Civil Veterinary Department. United Provinces 1923-31 - 1923-1931
Year: 1923
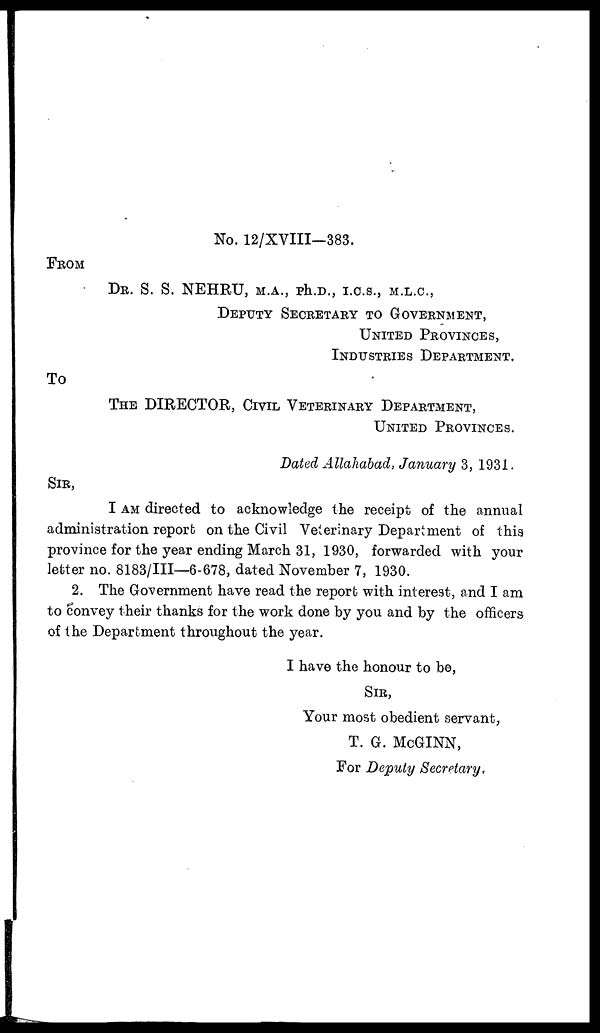
No. 12/XVIII—383.
FROM
DR. S. S. NEHRU, M.A., ph.D., I.C.S., M.L.C.,
DEPUTY SECRETARY TO GOVERNMENT,
UNITED PROVINCES,
INDUSTRIES DEPARTMENT.
To
THE DIRECTOR, CIVIL VETERINARY DEPARTMENT,
UNITED PROVINCES.
Dated Allahabad, January 3, 1931.
SIR,
I AM directed to acknowledge the receipt of the annual
administration report on the Civil Veterinary Department of this
province for the year ending March 31, 1930, forwarded with your
letter no. 8183/III—6-678, dated November 7, 1930.
2. The Government have read the report with interest, and I am
to convey their thanks for the work done by you and by the officers
of the Department throughout the year.
I have the honour to be,
Sir,
Your most obedient servant,
T. G. McGINN,
For Deputy Secretary.